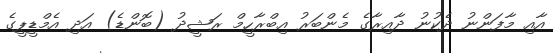
އާއި މާފަންނު ދެކުނު ދާއިރާގެ މެންބަރު އިބްރާހީމް ރަޝީދު (ބޮންޑެ) އަދި އެމްޑީޕީގެ